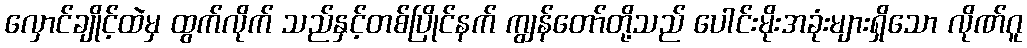
လှောင်ချိုင့်ထဲမှ ထွက်လိုက် သည်နှင့်တစ်ပြိုင်နက် ကျွန်တော်တို့သည် ပေါင်းမိုးအခုံးများရှိသော လိုဏ်ဂူ